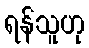
ရန်သူဟု